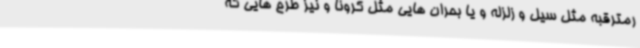
رمترقبه مثل سیل و زلزله و یا بحران هایی مثل کرونا و نیز طرح هایی که